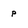
Character: p